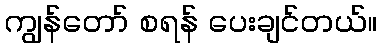
ကျွန်တော် စရန် ပေးချင်တယ်။